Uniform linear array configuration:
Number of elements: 32
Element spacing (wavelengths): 1
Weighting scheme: uniform
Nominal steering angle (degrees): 60
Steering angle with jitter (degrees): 60.798
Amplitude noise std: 0.05
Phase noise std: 0.05

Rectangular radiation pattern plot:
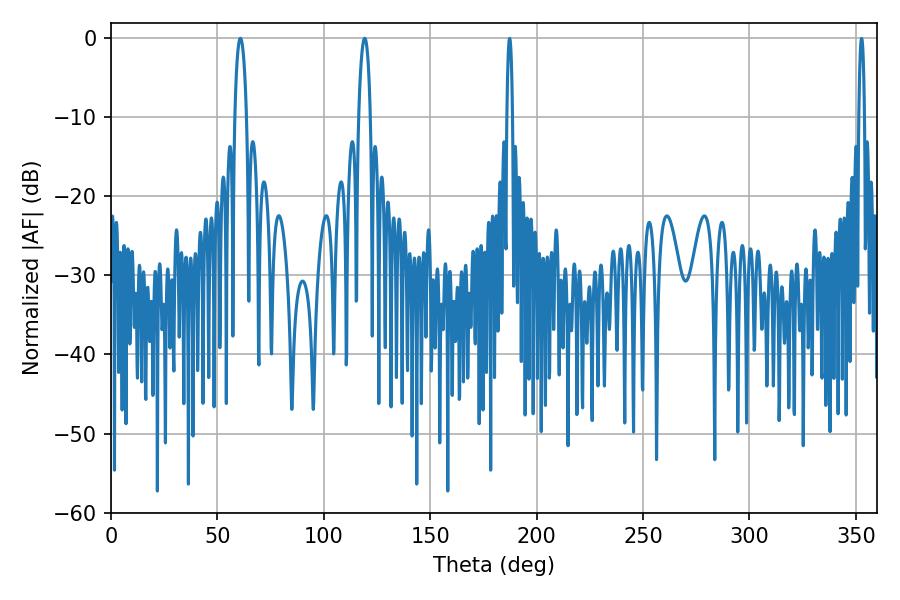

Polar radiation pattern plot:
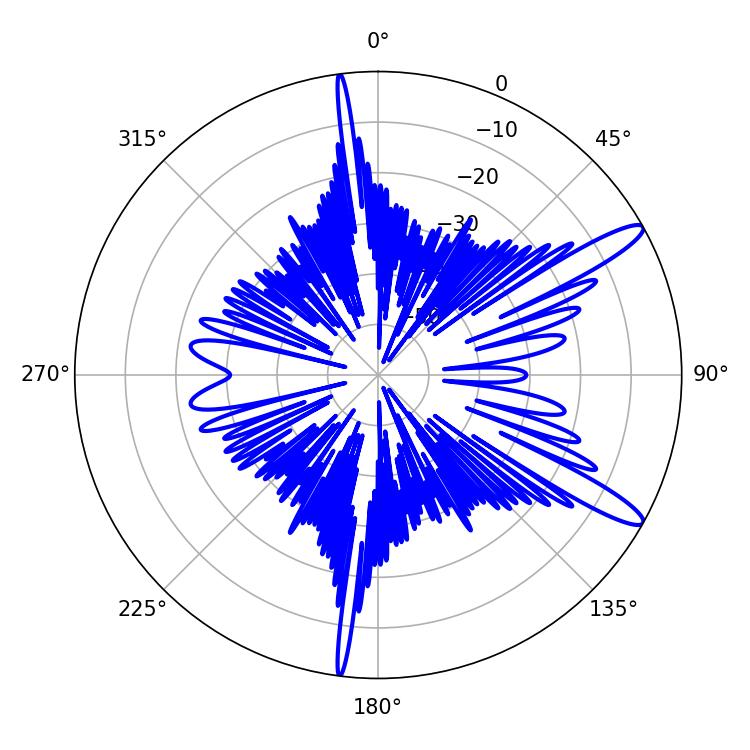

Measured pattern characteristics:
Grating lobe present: TRUE
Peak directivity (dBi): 12.977
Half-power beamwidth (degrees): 3.24
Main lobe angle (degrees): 119.16